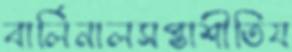
বার্লিনালসপ্তাশীতিয